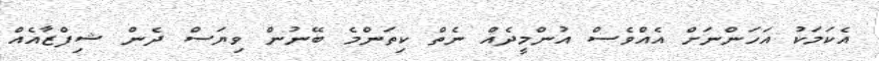
އެކަމަކު އަހަންނަށް އެއްވެސް އުންމީދެއް ނެތް ކިތަންމެ ބޭނުން ވިޔަސް ދެން ޝިފްޒާއެއް